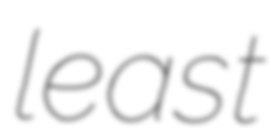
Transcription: least